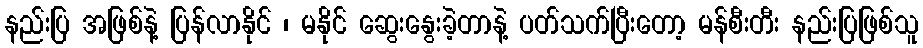
နည်းပြ အဖြစ်နဲ့ ပြန်လာနိုင် ၊ မနိုင် ဆွေးနွေးခဲ့တာနဲ့ ပတ်သက်ပြီးတော့ မန်စီးတီး နည်းပြဖြစ်သူ